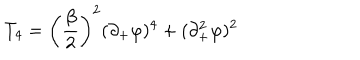
T _ { 4 } = \left( \frac { \beta } { 2 } \right) ^ { 2 } ( \partial _ { + } \varphi ) ^ { 4 } + ( \partial _ { + } ^ { 2 } \varphi ) ^ { 2 }